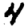
Digit: 4